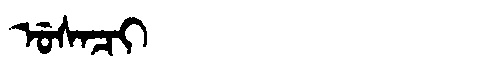
Manchu: ᡠᠰᠠᠴᡳ
Romanization: USACI